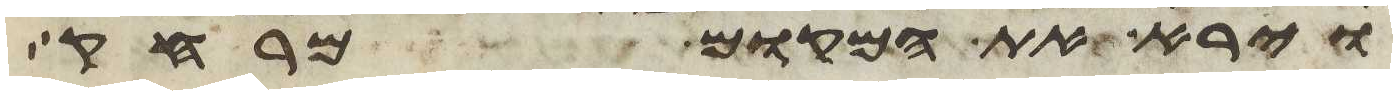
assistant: וירא את המקום מרחק